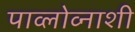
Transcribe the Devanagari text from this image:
पाव्लोव्नाशी